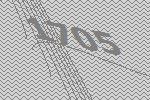
1705